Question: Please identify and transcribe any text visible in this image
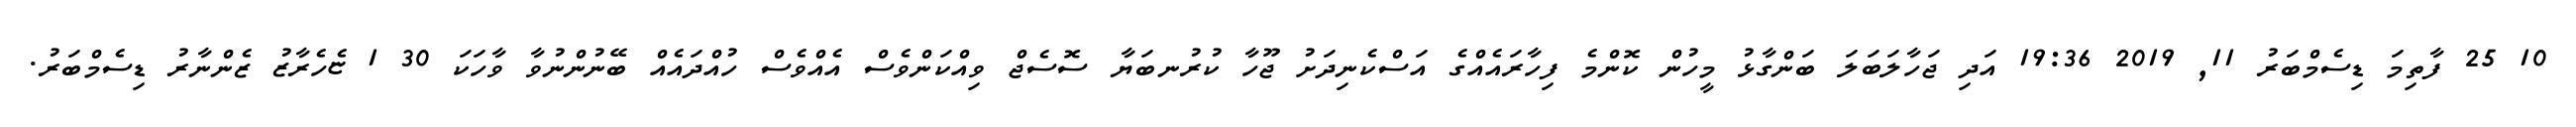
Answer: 10 25 ފާތިމަ ޑިސެމްބަރު 11, 2019 19:36 އަދި ޖަހާލަބަލަ ބަންގާޅު މީހުން ކޮންމެ ފިހާރައެއްގެ އަސްކެނިދަށު ޖޫހާ ކުރުނބަޔާ ސޮސެޖް ވިއްކަންވެސް އެއްވެސް ހުއްދައެއް ބޭނުންނުވާ ވާހަކަ 30 1 ޏެހެރާޒު ޒެންނާރު ޑިސެމްބަރު.